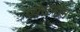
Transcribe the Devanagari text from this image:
व्येतनाम